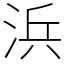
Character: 浜